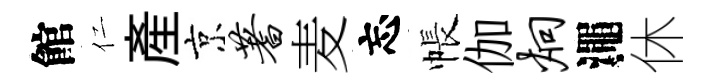
館仁産京蓍麦忘帳伽炯澠休